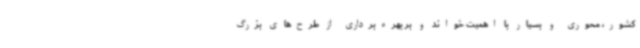
کشور، محوری و بسیار با اهمیت خواند و بر بهره‌برداری از طرح‌های بزرگ